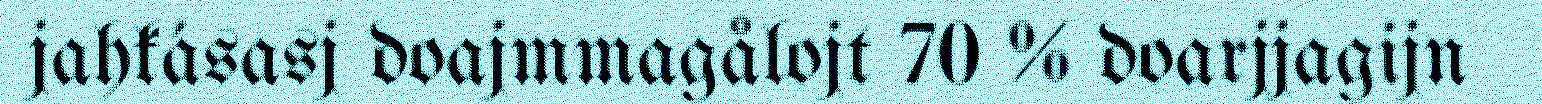
jahkásasj doajmmagålojt 70 % doarjjagijn